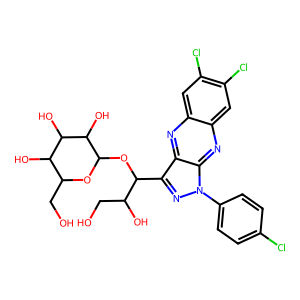
SMILES: OCC(O)C(OC1OC(CO)C(O)C(O)C1O)c1nn(-c2ccc(Cl)cc2)c2nc3cc(Cl)c(Cl)cc3nc12
Inhibits HIV replication: No